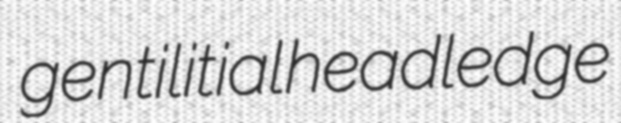
gentilitial headledge